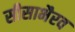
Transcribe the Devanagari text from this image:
सीसाभैरव